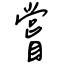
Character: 嘗